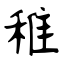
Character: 稚